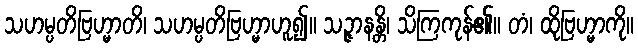
သဟမ္ပတိဗြဟ္မာတိ၊ သဟမ္ပတိဗြဟ္မာဟူ၍။ သဉ္ဇာနန္တိ၊ သိကြကုန်၏။ တံ၊ ထိုဗြဟ္မာကို။